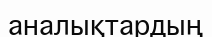
аналықтардың